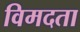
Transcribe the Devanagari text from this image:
विमदता